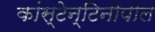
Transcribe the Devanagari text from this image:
कांस्टेन्टिनोपोल